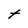
Character: t